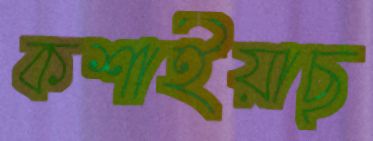
কশাইয়াছ